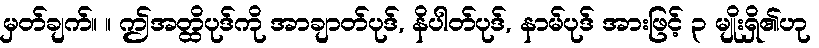
မှတ်ချက်။ ။ ဤအတ္ထိပုဒ်ကို အာချာတ်ပုဒ်, နိပါတ်ပုဒ်, နာမ်ပုဒ် အားဖြင့် ၃ မျိုးရှိ၏ဟု